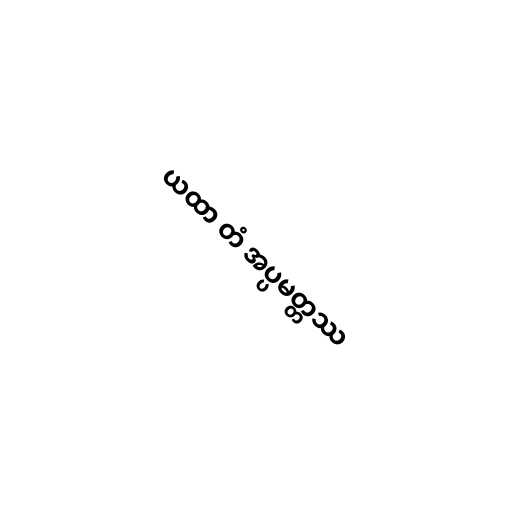
ယထာ တံ အပ္ပမတ္တဿ